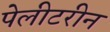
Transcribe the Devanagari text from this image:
पेलीटरीन